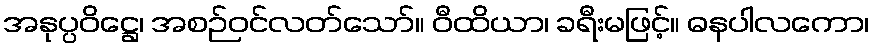
အနုပ္ပဝိဋ္ဌေ၊ အစဉ်ဝင်လတ်သော်။ ဝီထိယာ၊ ခရီးမဖြင့်။ ဓနပါလကော၊